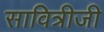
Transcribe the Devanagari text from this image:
सावित्रीजी